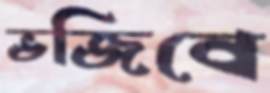
ভজিবে